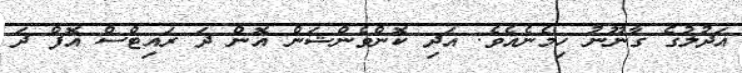
އަދުލުގެ ގާނޫނު ހިމެނެއެވެ. އަދި ކޮންވެންޝަން އޮން ދަ ރައިޓްސް އޮފް ދަ